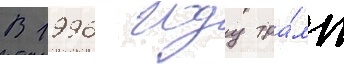
В 1996 году тра́мп